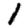
Digit: 1